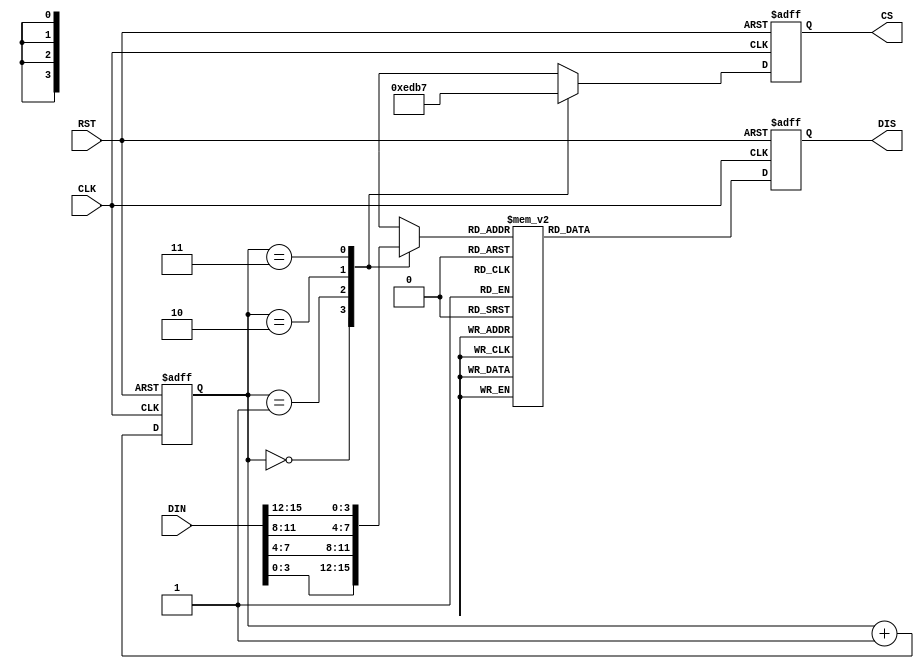
module Display_001(CLK,DIN,CS,DIS,RST);

	input CLK,RST;
	input [15:0]DIN;
	output reg [7:0]DIS;
	output reg [3:0]CS;
	
	reg [1:0] STAT;
	reg [3:0] temp;
	
	initial
		begin
		DIS <= 0;
		STAT <= CS_1;
	end
	
	parameter 
		CS_1 = 2'b00,
		CS_2 = 2'b01,
		CS_3 = 2'b10,
		CS_4 = 2'b11;
	
	always @ (posedge CLK or posedge RST)
		begin
		if(RST)
			begin
			DIS = 0;
			STAT = CS_1;
			CS = 4'b1111;
		end
		else
			begin
			case(STAT)
				CS_1: begin CS = 4'b1110; temp = DIN[3:0];end
				CS_2: begin CS = 4'b1101; temp = DIN[7:4];end
				CS_3: begin CS = 4'b1011; temp = DIN[11:8];end
				CS_4: begin CS = 4'b0111; temp = DIN[15:12];end
				default:;
			endcase
			case(temp)
				4'b0000 : DIS =8'b11000000;
				4'b0001 : DIS =8'b11111001;
				4'b0010 : DIS =8'b10100100;
				4'b0011 : DIS =8'b10110000;
				
				4'b0100 : DIS =8'b10011001;
				4'b0101 : DIS =8'b10010010;
				4'b0110 : DIS =8'b10000010;
				4'b0111 : DIS =8'b11111000;
				
				4'b1000 : DIS =8'b10000000;
				4'b1001 : DIS =8'b10010000;
				4'b1010 : DIS =8'b10001000;
				4'b1011 : DIS =8'b10000011;
				
				4'b1100 : DIS =8'b11000110;
				4'b1101 : DIS =8'b10100001;
				4'b1110 : DIS =8'b10000110;
				4'b1111 : DIS =8'b10001110;
				
				default : DIS =0;
			endcase			
			STAT = STAT + 1;						
		end		
	end
endmodule